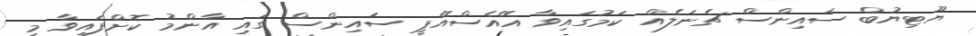
ޔޫޓިޔުބް ސައިންސް ޗެނަލެއް ކަމުގައިވާ އޭއެސްއޭޕީ ސައިންސް ގައި އާންމު ކޮށްފައިވާ މި